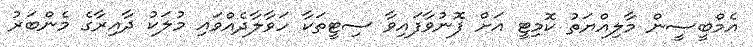
އެމްބީސީން މާލިއްޔަތު ކޮމިޓީ އަށް ފޮނުވާފައިވާ ސިޓީތަކާ ހަވާލާދެއްވައި މުލަކު ދާއިރާގެ މެންބަރު